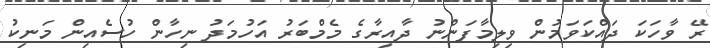
ރޭ ވާހަކަ ދައްކަވަމުން ވިލިމާފަންނު ދާއިރާގެ މެމްބަރު އަހުމަދު ނިހާން ހުސެއިން މަނިކު